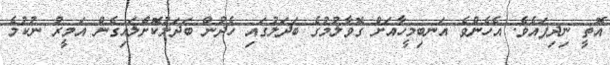
އޮތީ ނިދިފައެވެ. އެހެންވެ އަނބިމީހާއަށް ގޮވާލުމުގެ ބަދަލުގައި ހެދުން ބަދަލުކޮށްލައިގެން އަމީރު ނުކުމެ